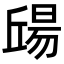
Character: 𣉠